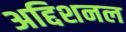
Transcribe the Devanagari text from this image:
अद्दिशनल